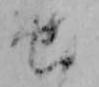
せ